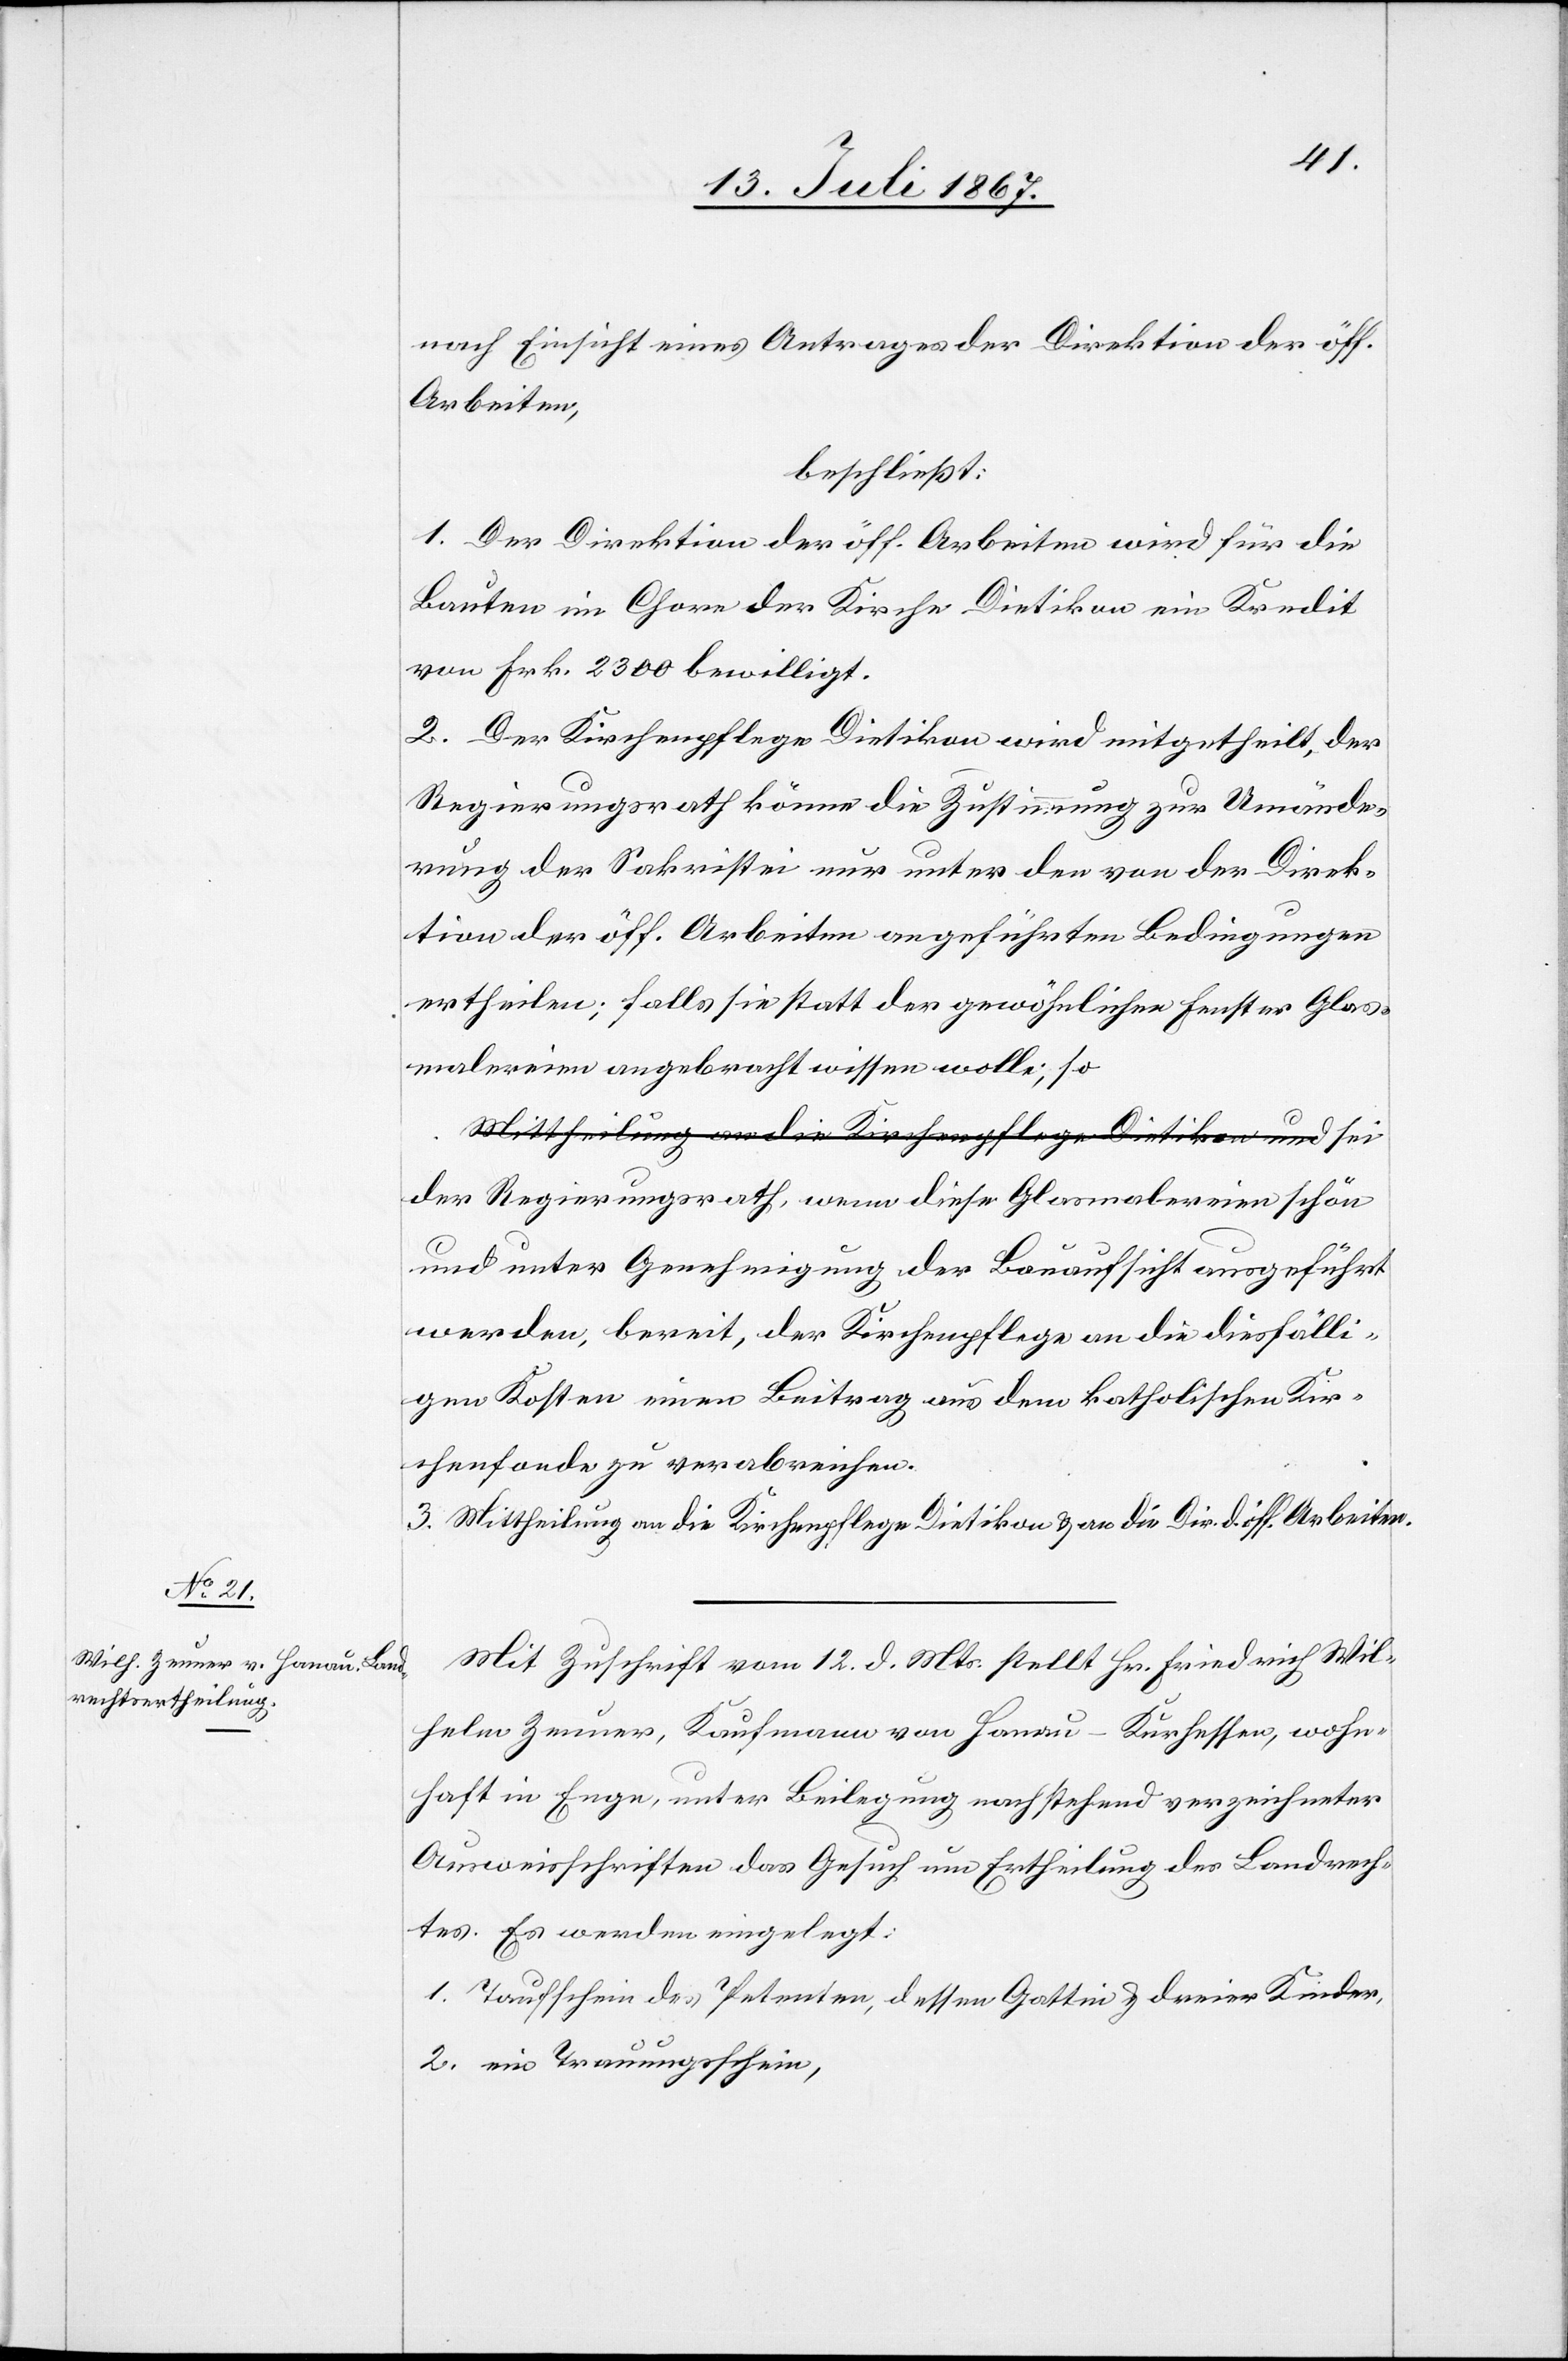
helm
nach Einsicht eines Antrages der Direktion der öff.
Arbeiten,
beschließt:
1. Der Direktion der öff. Arbeiten wird für die
Bauten im Chore der Kirche Dietikon ein Kredit
von Frk. 2300 bewilligt.
2. Der Kirchenpflege Dietikon wird mitgetheilt, der
Regierungsrath könne die Zustimmung zur Umände¬
rung der Sakristei nur unter den von der Direk¬
tion der öff. Arbeiten angeführten Bedingungen
ertheilen; falls sie statt der gewöhnlichen Fenster Glas¬
malereien angebracht wissen solle, so
der Regierungsrath, wenn diese Glasmalereien schön
und unter Genehmigung der Bauaufsicht ausgeführt
werden, bereit, der Kirchenpflege an die diesfälli¬
gen Kosten einen Beitrag aus dem katholischen Kir¬
chenfonds zu verabreichen.
3. Mittheilung an die Kirchenpflege Dietikon u. an die Dir d. öff. Arbeiten.
Mit Zuschrift vom 12. d. Mts. stellt Hr. Friedrich Wil¬
wohnhaft in Enge, unter Beilegung nachstehend verzeichneter
Ausweisschriften das Gesuch um Ertheilung des Landrech¬
tes. Es werden eingelegt:
1. Taufschein des Petenten, dessen Gattin u. dreier Kinder,
2. ein Trauungsschein,